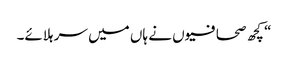
“ کچھ صحافیوں نے ہاں میں سر ہلائے۔